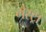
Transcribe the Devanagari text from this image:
मेस्ट्रा